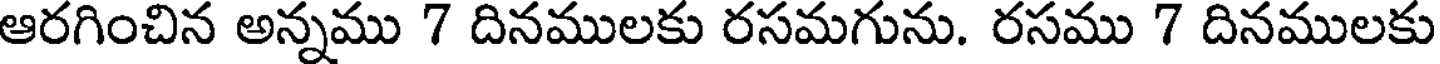
ఆరగించిన అన్నము 7 దినములకు రసమగును. రసము 7 దినములకు